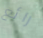
رائع